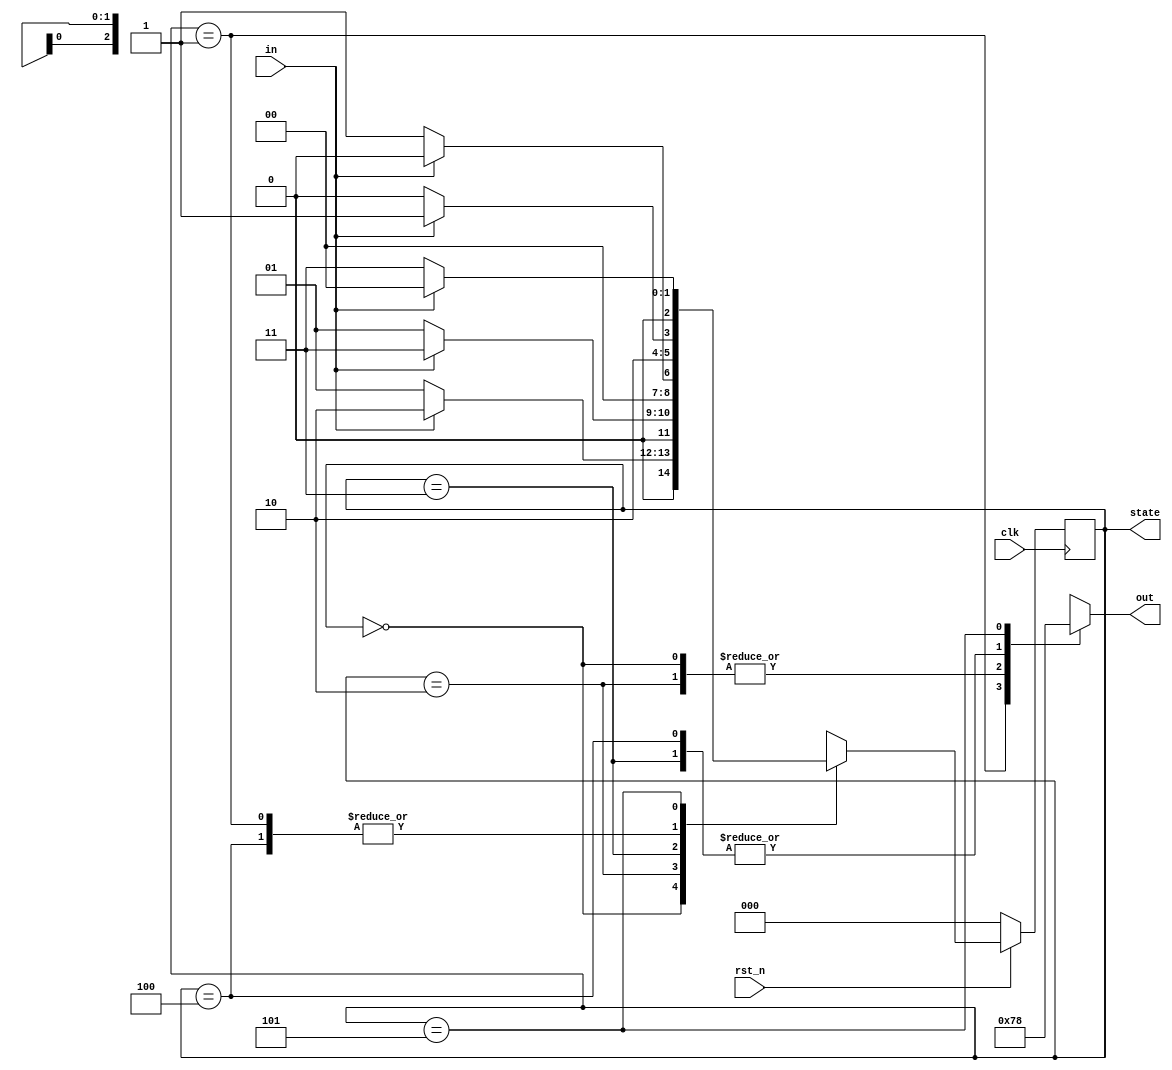
`timescale 1ns/1ps

module Moore (clk, rst_n, in, out, state);
input clk, rst_n;
input in;
output reg [2-1:0] out;
output reg [3-1:0] state;

parameter S0 = 3'b000;
parameter S1 = 3'b001;
parameter S2 = 3'b010;
parameter S3 = 3'b011;
parameter S4 = 3'b100;
parameter S5 = 3'b101;

reg [3-1:0] next_state;

always @(*) begin
    case (state)
    S0:
        if (in)
            next_state = S2;
        else
            next_state = S1;
    S1:
        if (in)
            next_state = S5;
        else
            next_state = S4;
    S2:
        if (in)
            next_state = S3;
        else
            next_state = S1;
    S3:
        if (in)
            next_state = S0;
        else
            next_state = S1;
    S4:
        if (in)
            next_state = S5;
        else
            next_state = S4;
    S5:
        if (in)
            next_state = S0;
        else
            next_state = S3;
    default: next_state = 3'bxxx;
    endcase
end

always @(posedge clk) begin
    if (rst_n)
        state <= next_state;
    else
        state <= S0;
end

always @(*) begin
    case (state)
    S0: out = 2'b11;
    S1: out = 2'b01;
    S2: out = 2'b11;
    S3: out = 2'b10;
    S4: out = 2'b10;
    S5: out = 2'b00;
    default: out = 2'bxx;
    endcase
end

endmodule